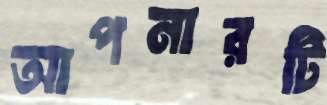
আপনারটি